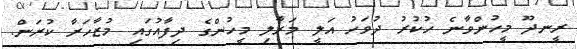
ރީނދޫ މީހުންވާނެ ހުކުރު ދުވަހު އަލީ މަރާލި މީހުންގެ ދިފާއުގައި މުޒާހަރާ ކުރަން.